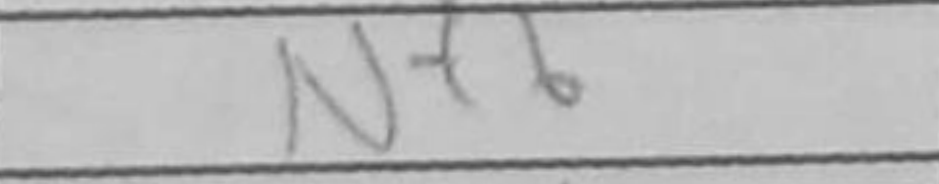
Transcription: Nf6